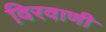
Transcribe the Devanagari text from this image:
विरवाणी